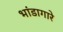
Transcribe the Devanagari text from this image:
भांडागारे